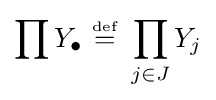
\prod Y_{\bullet }~{\stackrel {\scriptscriptstyle {\text{def}}}{=}}~\prod _{j\in J}Y_{j}